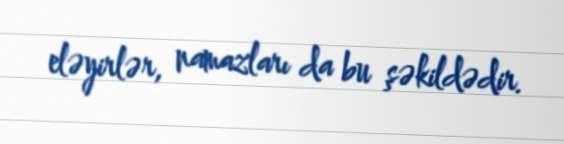
eləyirlər, namazları da bu şəkildədir.